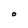
Character: O